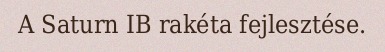
A Saturn IB rakéta fejlesztése.